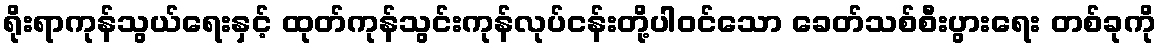
ရိုးရာကုန်သွယ်ရေးနှင့် ထုတ်ကုန်သွင်းကုန်လုပ်ငန်းတို့ပါဝင်သော ခေတ်သစ်စီးပွားရေး တစ်ခုကို